Annual administration and progress report of the Indian Medical Department, Bombay
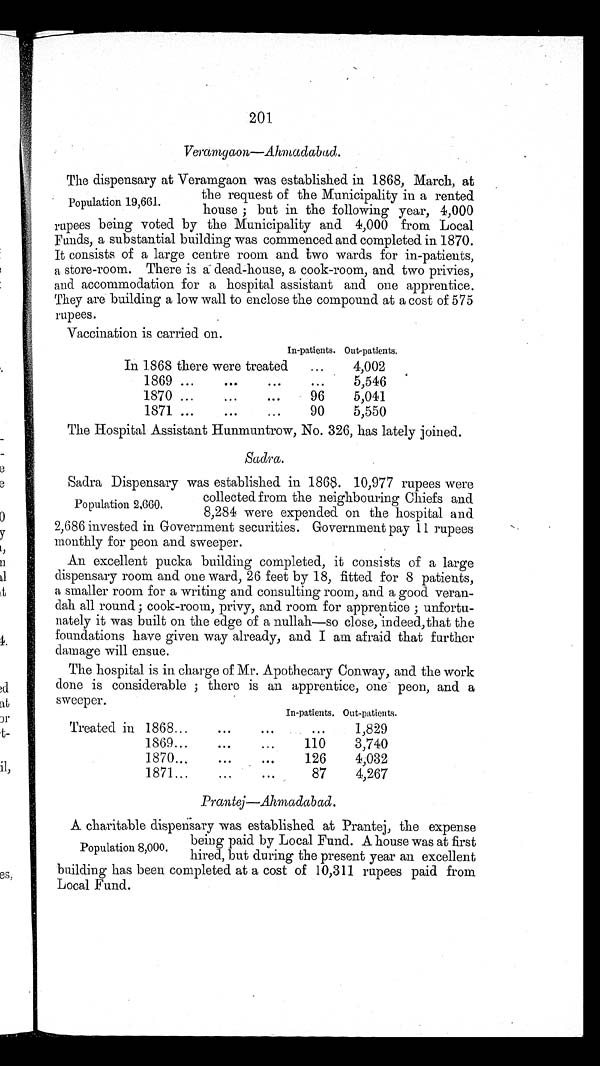
201
Veramgaon—Ahmadabad.
Population 19,661.
The dispensary at Veramgaon was established in 1868, March,at
the request of the Municipality in a rented
house; but in the following year, 4,000
rupees being voted by the Municipality and 4,000from Local
Funds, a substantial building was commenced and completedin 1870.
It consists of a large centre room and two wardsfor in-patients,
a store-room. There is a dead-house, acook-room, and two privies,
and accommodation for a hospital assistant and one apprentice.
They are building a low wall to enclose the compound at a cost of 575
r u p e e s .
Vaccination is carried on.
In-patients. Out-patients.
In 1868 there were treated
...
4,002
1869
. . .
5,546
1870
96
5,041
1871
90
5,550
The Hospital Assistant Hunmuntrow, No. 326, has lately joined.
sadra.
Population 2,660.
Sadra Dispensary was established in 1868. 10,977 rupees were
collected from the neighbouring Chiefs and
8,284 were expended on the hospital and
2,686 invested in Government securities. Government pay 11 rupees
monthly for peon and sweeper.
An excellent pucka building completed, it consists of a large
dispensary room and one ward, 26 feet by 18, fitted for 8 atients,
a smaller room for a writing and consulting room, and a good veran-
dah all round ; cook-room, privy, and room for apprentice ; unfortu-
nately it was built on the edge of a nullah—so close, in deed, that the
foundations have given way already, and I am afraid that further
damage will ensue.
The hospital is in charge of Mr. Apothecary Conway, and the work
done is considerable ; there is an apprentice, one peon, and a
s w e e p e r
In-patients. Out-patients.
Treated in 1868
...
1,829
1869
110
3,740
1870
126
4,032
1871
87
4,267
Prantej—Ahmadabad
.
Population 8000
.
A charitable dispensary was established at Prantej, the expense
being paid by Local Fund. A house was at first
hired, but during the present year an excellent
building has been completed at a cost of 10,311 rupees paid from
Local Fund.